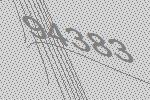
94383